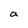
Character: a